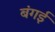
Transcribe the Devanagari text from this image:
बंगई